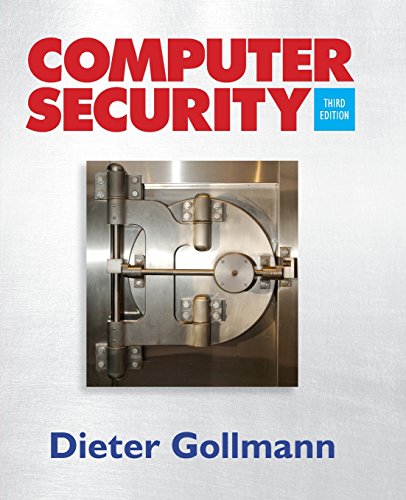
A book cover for Computer Security; Dieter Gollmann; Computers & Technology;